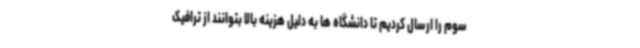
سوم را ارسال کردیم تا دانشگاه ها به دلیل هزینه بالا بتوانند از ترافیک